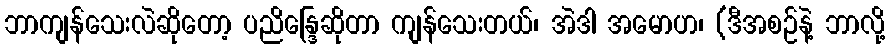
ဘာကျန်သေးလဲဆိုတော့ ပညိန္ဒြေဆိုတာ ကျန်သေးတယ်၊ အဲဒါ အမောဟ၊ (ဒီအစဉ်နဲ့ ဘာလို့